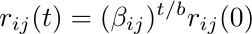
\begin{equation*}
    r_{ij}(t) = (\beta_{ij})^{t/b} r_{ij}(0)
\end{equation*}